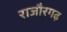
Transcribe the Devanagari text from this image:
राजौरगढ़